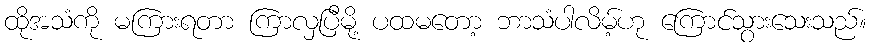
ထိုအသံကို မကြားရတာ ကြာလှပြီမို့ ပထမတော့ ဘာသံပါလိမ့်ဟု ကြောင်သွားသေးသည်။